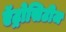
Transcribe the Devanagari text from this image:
ऍट्रोसिटीज